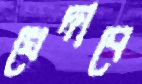
খেদাবে